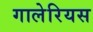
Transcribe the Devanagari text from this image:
गालेरियस